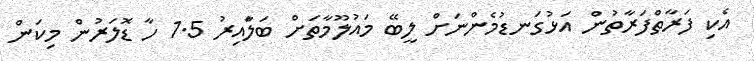
އެކި ފަރާތްފަރާތުން އަޅުގަނޑުމެންނަށް ލީބޭ މައުލޫމާތަށް ބަލަާއިރު 1.5 ހާ ޑޮލަރުން މިކަން